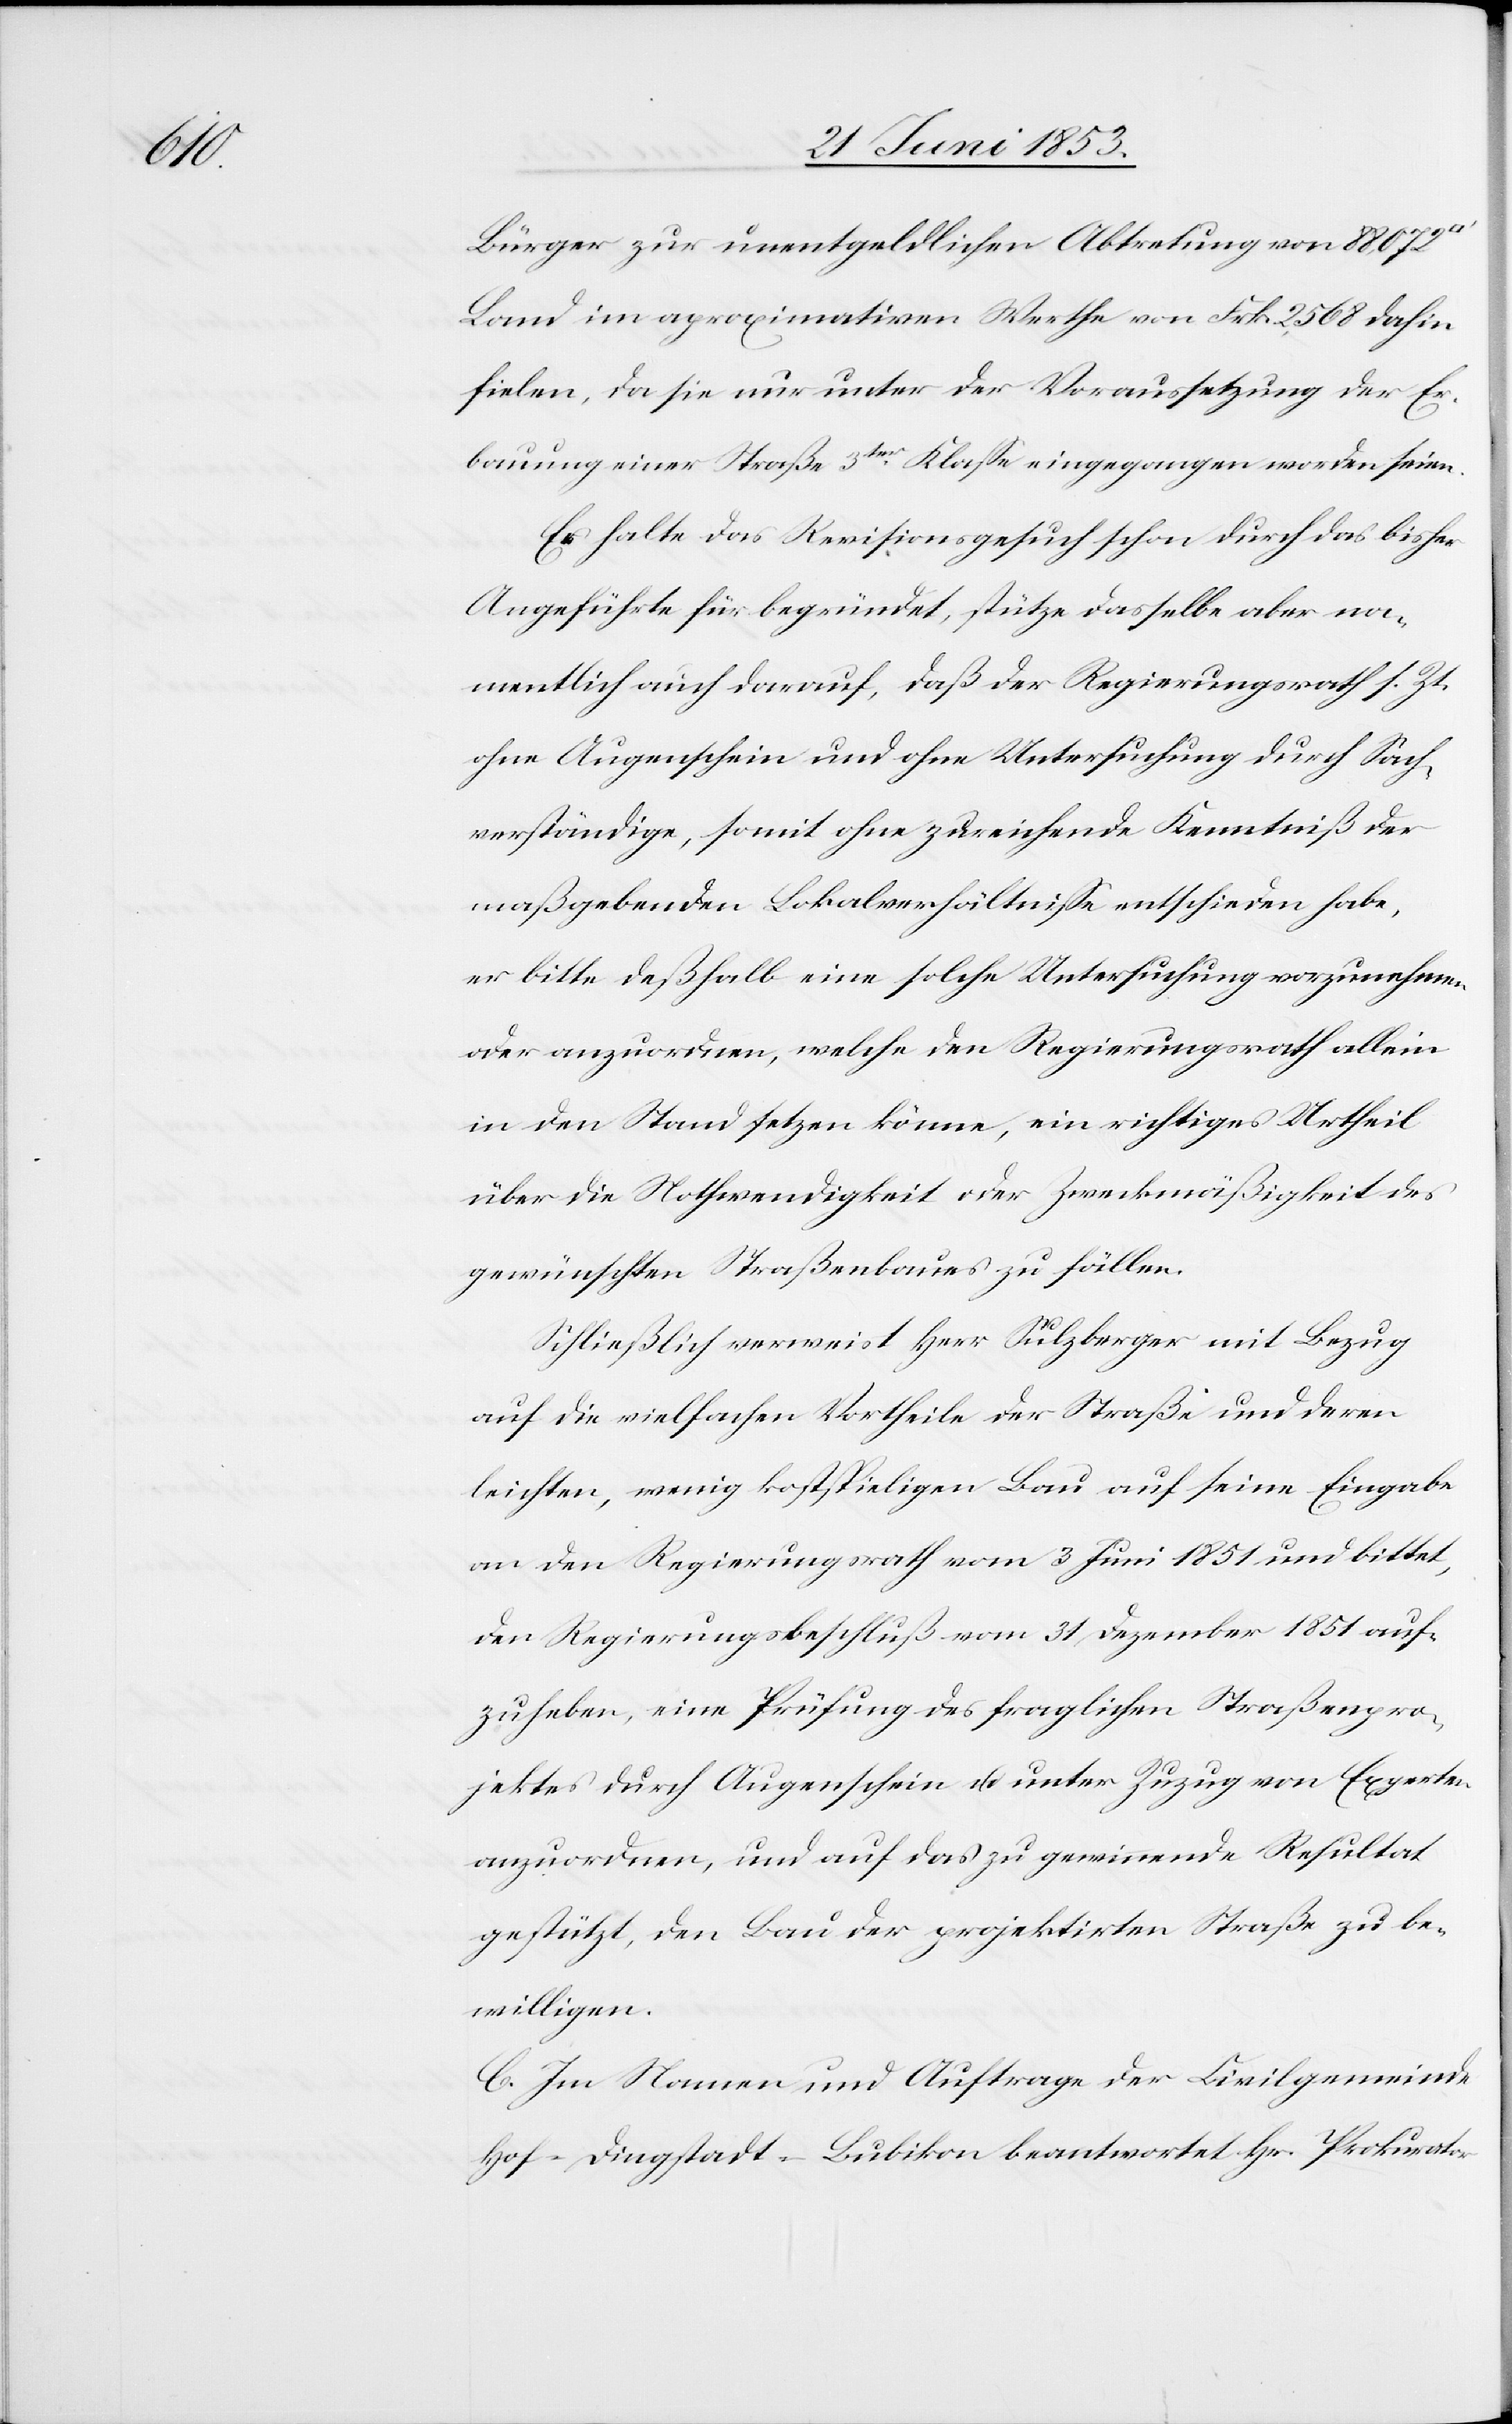
Bürger zur unentgeldlichen Abtretung von 88,072
Land im aproximativen Werthe von Frk. 2,568 dahin
fielen, da sie nur unter der Voraussetzung der Er¬
bauung einer Straße 3ter. Klaße eingegangen worden seien.
Er halte das Revisionsgesuch schon durch das bisher
Angeführte für begründet, stütze dasselbe aber na¬
mentlich auch darauf, daß der Regierungsrath s. Zt.
ohne Augenschein und ohne Untersuchung durch Sach¬
verständige, somit ohne zureichende Kenntniß der
maßgebenden Lokalverhältniße entschieden habe,
er bitte deßhalb eine solche Untersuchung vorzunehmen
oder anzuordnen, welche den Regierungsrath allein
in den Stand setzen könne, ein richtiges Urtheil
über die Nothwendigkeit oder Zweckmäßigkeit des
gewünschten Straßenbaues zu fällen.
Schließlich verweist Herr Sulzberger mit Bezug
auf die vielfachen Vortheile der Straße und deren
leichten, wenig kostspieligen Bau auf seine Eingabe
an den Regierungsrath vom 3 Juni 1851 und bittet,
den Regierungsbeschluß vom 31 Dezember 1851 auf¬
zuheben, eine Prüfung des fraglichen Straßenpro¬
jektes durch Augenschein u. unter Zuzug von Experten
anzuordnen, und auf das zu gewinnende Resultat
gestützt, den Bau der projektirten Straße zu
willigen.
C. In Namen und Auftrage der Civilgemeinde
Hof-Dingstadt-Bubikon beantwortet Hr. Prokurator